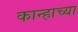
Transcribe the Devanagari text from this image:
कान्हाच्या